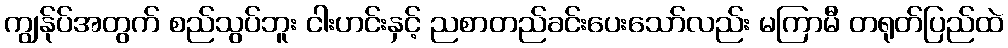
ကျွန်ုပ်အတွက် စည်သွပ်ဘူး ငါးဟင်းနှင့် ညစာတည်ခင်းပေးသော်လည်း မကြာမီ တရုတ်ပြည်ထဲ